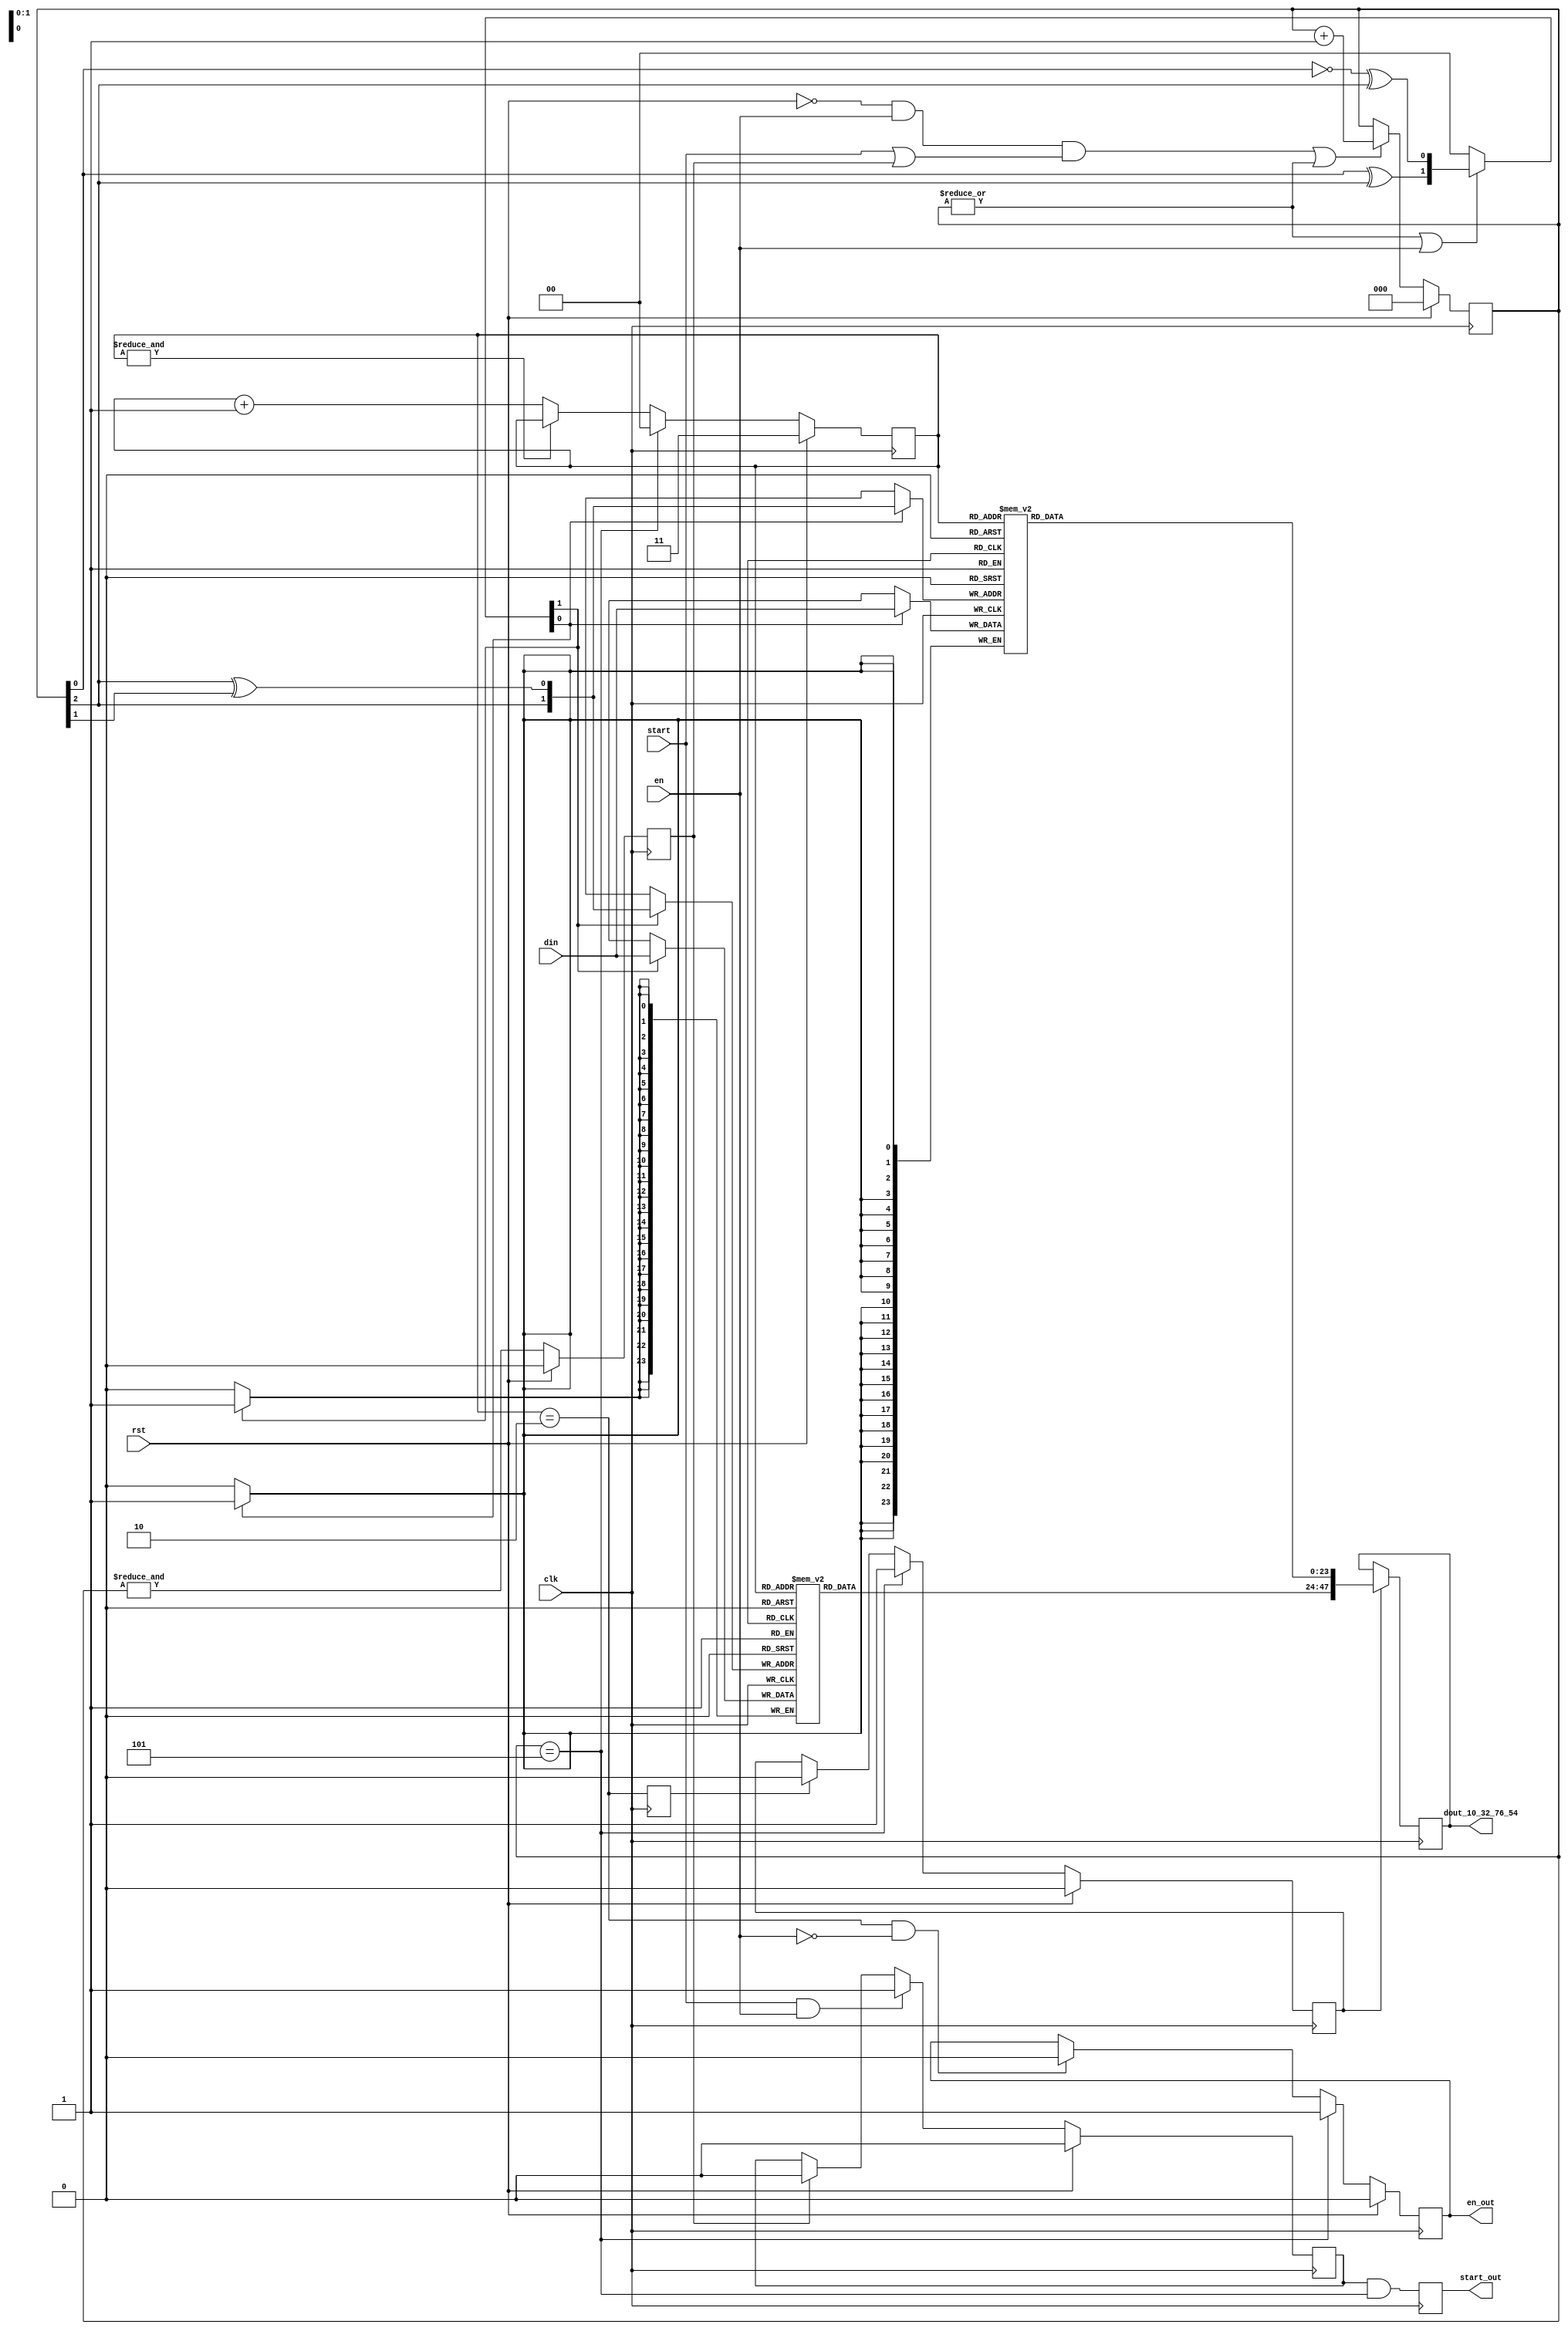
// This program was cloned from: https://github.com/Elphel/x393
// License: GNU General Public License v3.0

/*!
 * <b>Module:</b>dct1d_chen_reorder_in
 * @file dct1d_chen_reorder_in.v
 * @date 2016-06-08  
 * @author  Andrey Filippov
 *     
 * @brief Reorder scan-line pixel stream for dct1d_chen module
 *
 * @copyright Copyright (c) 2016 Elphel, Inc.
 *
 * <b>License:</b>
 *
 *dct1d_chen_reorder_in.v is free software; you can redistribute it and/or modify
 * it under the terms of the GNU General Public License as published by
 * the Free Software Foundation, either version 3 of the License, or
 * (at your option) any later version.
 *
 *  dct1d_chen_reorder_in.v is distributed in the hope that it will be useful,
 * but WITHOUT ANY WARRANTY; without even the implied warranty of
 * MERCHANTABILITY or FITNESS FOR A PARTICULAR PURPOSE.  See the
 * GNU General Public License for more details.
 *
 * You should have received a copy of the GNU General Public License
 * along with this program.  If not, see <http://www.gnu.org/licenses/> .
 *
 * Additional permission under GNU GPL version 3 section 7:
 * If you modify this Program, or any covered work, by linking or combining it
 * with independent modules provided by the FPGA vendor only (this permission
 * does not extend to any 3-rd party modules, "soft cores" or macros) under
 * different license terms solely for the purpose of generating binary "bitstream"
 * files and/or simulating the code, the copyright holders of this Program give
 * you the right to distribute the covered work without those independent modules
 * as long as the source code for them is available from the FPGA vendor free of
 * charge, and there is no dependence on any encrypted modules for simulating of
 * the combined code. This permission applies to you if the distributed code
 * contains all the components and scripts required to completely simulate it
 * with at least one of the Free Software programs.
 */
`timescale 1ns/1ps

module  dct1d_chen_reorder_in#(
    parameter WIDTH = 24
 )(
    input                  clk,
    input                  rst,
    input                  en,  // to be sampled when start is expected (start time slot)
    input  [WIDTH -1:0]    din,
    input                  start, // with first pixel 
    output [2*WIDTH -1:0]  dout_10_32_76_54, // Concatenated/reordered output data {x[1],x[0]}/{x[3],x[2]}/ {x[7],x[6]}/{x[5],x[4]}
    output reg             start_out,
    output                 en_out // to be sampled when start_out is expected
);
    reg                    last_r;
    reg              [2:0] cntr_in;
    reg              [1:0] raddr;
    wire                   restart = !rst && en && (start || last_r);
//    wire             [1:0] we = ((|cntr_in) || en)? {~cntr_in[0]^cntr_in[2],cntr_in[0]^cntr_in[2]}:2'b0;
    wire             [1:0] we = ((|cntr_in) || en)? {cntr_in[0]^cntr_in[2], ~cntr_in[0]^cntr_in[2]}:2'b0;
    wire             [1:0] waddr = {cntr_in[2],cntr_in[2]^cntr_in[1]};
    reg        [WIDTH-1:0] bufl_ram[0:3];
    reg        [WIDTH-1:0] bufh_ram[0:3];
    reg     [2*WIDTH -1:0] dout_10_32_76_54_r;
    reg                    first_period;
    reg                    en_out_r;
    reg                    last_out;
    reg                    re_r;
    assign dout_10_32_76_54 = dout_10_32_76_54_r;
    assign en_out =           en_out_r;
    
    always @(posedge clk) begin
        if (rst) last_r <= 0;
        else     last_r <= &cntr_in;

        last_out <= raddr == 2;
        
        if      (rst)          re_r <= 0;
        else if (cntr_in == 5) re_r <= 1;
        else if (last_out)     re_r <= 0;
        
        if      (rst)                   cntr_in <= 0;
        else if (restart || (|cntr_in)) cntr_in <= cntr_in + 1;
        
        if (we[0]) bufl_ram[waddr] <= din;
        if (we[1]) bufh_ram[waddr] <= din;

        if      (rst )         raddr <= ~0;
        else if (cntr_in == 5) raddr <= 0;
        else if (!(&raddr))    raddr <= raddr + 1;
        
        if      (rst)          first_period <= 0;
        else if (start && en)  first_period <= 1;
        else if (last_r)       first_period <= 0;
        
        if (re_r) dout_10_32_76_54_r <= {bufh_ram[raddr],bufl_ram[raddr]};
        
        start_out <= first_period && (cntr_in == 5);
        
        if      (rst)                 en_out_r <= 0;
        else if (cntr_in == 5)        en_out_r <= 1;
        else if ((raddr == 2) && !en) en_out_r <= 0;

    end
endmodule